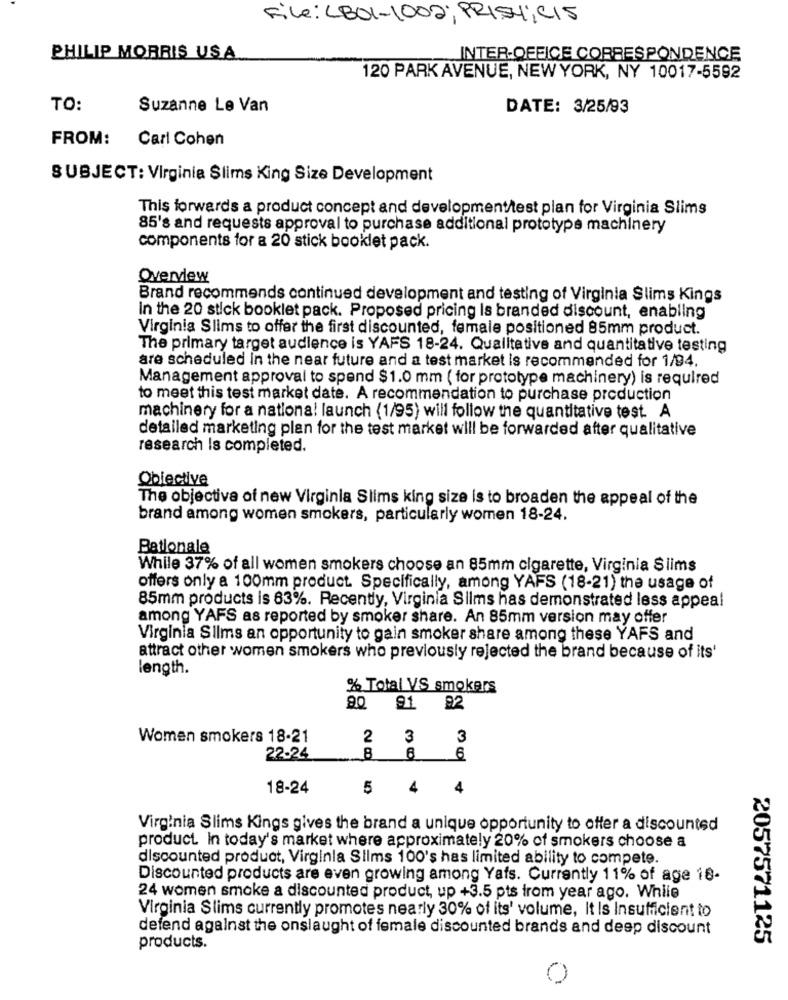
File: (BOL-1002; PRISHiCIS
PHILIP MORRIS USA
INTER-OFFICE CORRESPONDENCE
120 PARK AVENUE, NEW YORK, NY 10017-5592
TO:
Suzanne Le Van
DATE: 3/25/93
FROM:
Carl Cohen
SUBJECT: Virginia Slims King Size Development
This forwards a product concept and development/test plan for Virginia Slims
85's and requests approval to purchase additional prototype machinery
components for a 20 stick booklet pack.
Overview
Brand recommends continued development and testing of Virginia Slims Kings
In the 20 stick booklet pack. Proposed pricing Is branded discount, enabling
Virginia Slims to offer the first discounted, female positioned 85mm product.
The primary target audience is YAFS 18-24. Qualitative and quantitative testing
are scheduled In the near future and a test market is recommended for 1/94.
Management approval to spend $1.0 mm ( for prototype machinery) is required
to meet this test market date. A recommendation to purchase production
machinery for a nationa! launch (1/95) will follow the quantitative test. A
detailed marketing plan for the test market will be forwarded after qualitative
research Is completed.
Obiective
The objective of new Virginia Slims king size is to broaden the appeal of the
brand among women smokers, particularly women 18-24.
Bationale
While 37% of all women smokers choose an 85mm cigarette, Virginia Slims
offers only a 100mm product. Specifically, among YAFS (18-21) the usage of
85mm products is 63%. Recently, Virginia Silms has demonstrated less appeal
among YAFS as reported by smoker share. An 85mm version may offer
Virginia Slims an opportunity to gain smoker share among these YAFS and
attract other women smokers who previously rejected the brand because of its'
length.
% Total VS smokers
90 91 92
Women smokers 18-21
3
22-24
6
18-24
5 4
4
Virginia Slims Kings gives the brand a unique opportunity to offer a discounted
product. In today's market where approximately 20% of smokers choose a
discounted product, Virginia Silms 100's has limited ability to compete.
Discounted products are even growing among Yafs. Currently 11% of age 18-
24 women smoke a discounted product, up +3.5 pts from year ago. While
Virginia Slims currently promotes nearly 30% of its' volume, It Is Insufficient to
defend against the onslaught of female discounted brands and deep discount
2057571125
products.